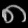
Digit: ၈